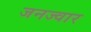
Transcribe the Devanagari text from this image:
जनज्वार